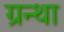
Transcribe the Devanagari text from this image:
ग्रन्था